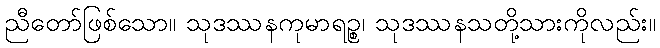
ညီတော်ဖြစ်သော။ သုဒဿနကုမာရဉ္စ၊ သုဒဿနသတို့သားကိုလည်း။